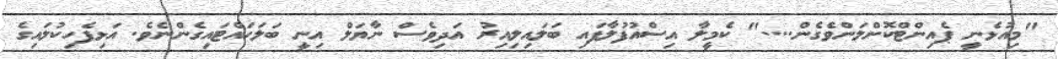
"މިއުޅެނީ ޕެއިންޓްކޮށްލަންވެގެން...." ކެމީލާ އިސްއުފުލާފައި ބަލައިލިއިރު އަދިވެސް ނާޔަލް އިނީ ބަލަހައްޓައިގެންނެވެ. އަޅިފެހިކުލައިގެ